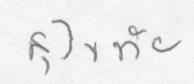
สุโขทัย